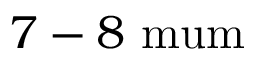
7 - 8 \mathrm { \ m u m }